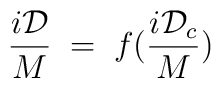
\frac{i \mathcal D}{M}\;=\; f(\frac{i{\mathcal D}_c}{M})